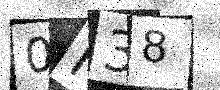
Text: 0I38